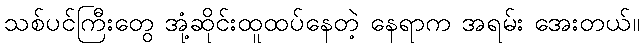
သစ်ပင်ကြီးတွေ အုံ့ဆိုင်းထူထပ်နေတဲ့ နေရာက အရမ်း အေးတယ်။